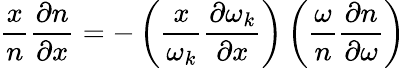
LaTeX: \frac{x}{n}\frac{\partial n}{\partial x}=-\left(\frac{x}{\omega_{k}}\frac{\partial\omega_{k}}{\partial x}\right)\left(\frac{\omega}{n}\frac{\partial n}{\partial\omega}\right)